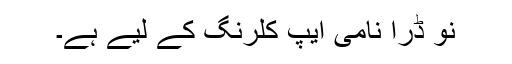
نو ڈرا نامی ایپ کلرنگ کے لیے ہے۔